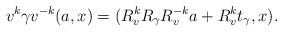
LaTeX: \begin{align*}v^k \gamma v^{-k} (a,x) = (R_v^k R_\gamma R_v^{-k} a + R_v^k t_\gamma, x).\end{align*}